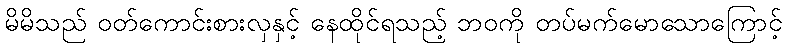
မိမိသည် ဝတ်ကောင်းစားလှနှင့် နေထိုင်ရသည့် ဘဝကို တပ်မက်မောသောကြောင့်